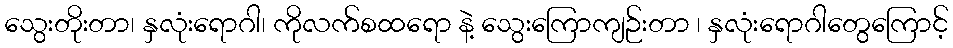
သွေးတိုးတာ၊ နှလုံးရောဂါ၊ ကိုလက်စထရော နဲ့ သွေးကြောကျဉ်းတာ ၊ နှလုံးရောဂါတွေကြောင့်